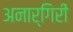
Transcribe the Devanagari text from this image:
अनार्गिरी